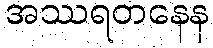
အဿရတနေန